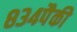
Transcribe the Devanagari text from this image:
८३४पैकी